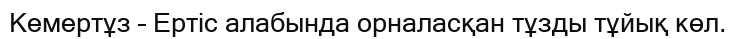
Кемертұз – Ертіс алабында орналасқан тұзды тұйық көл.